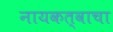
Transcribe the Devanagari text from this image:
नायकत्वाचा